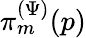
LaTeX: \pi_{m}^{(\Psi)}(p)